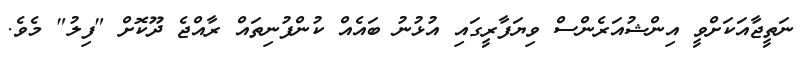
ނަތީޖާއަކަށްވީ އިންޝުއަރެންސް ވިޔަފާރީގައި އުޅުނު ބައެއް ކުންފުނިތައް ރާއްޖެ ދޫކޮށް "ފިލު" މެވެ.